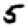
Digit: 5